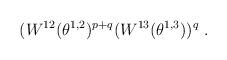
LaTeX: \begin{align*} (W^{12}(\theta^{1,2})^{p+q}(W^{13}(\theta^{1,3}))^{q} \;.\end{align*}